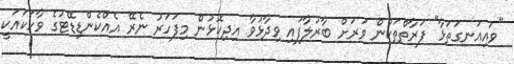
"ވައިއަނގަތަޅާ" ފަރާތްތަކުން ވަރަށް ބާރުލާފައި ވިދާޅުވާ އިދިކޮޅުން މިފަހަރު ނެރޭ އެއްކެންޑިޑޭޓުގެ ވާހަކައަކީ